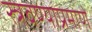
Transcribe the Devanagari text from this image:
स्त्रवण्याप्रमाणे